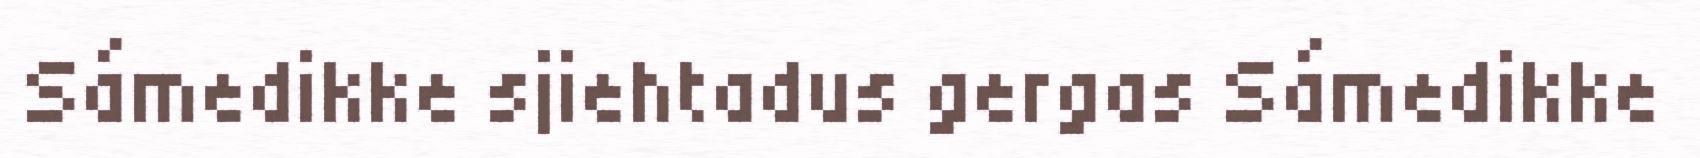
Sámedikke sjiehtadus gergas Sámedikke